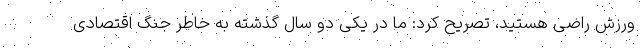
ورزش راضی هستید، تصریح کرد: ما در یکی دو سال گذشته به خاطر جنگ اقتصادی